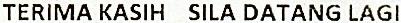
TERIMA KASIH SILA DATANG LAGI